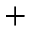
+